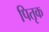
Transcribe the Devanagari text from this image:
पितृक